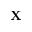
{ \bf X }